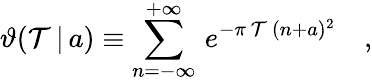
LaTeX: \vartheta(\mathcal{T}\, |\, a)\equiv\sum_{n=-\infty}^{+\infty}\, e^{-\pi\, \mathcal{T}\, (n+a)^{2}}\quad,